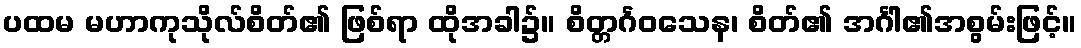
ပထမ မဟာကုသိုလ်စိတ်၏ ဖြစ်ရာ ထိုအခါ၌။ စိတ္တင်္ဂဝသေန၊ စိတ်၏ အင်္ဂါ၏အစွမ်းဖြင့်။